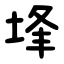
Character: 埄